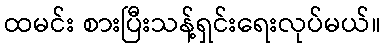
ထမင်း စားပြီးသန့်ရှင်းရေးလုပ်မယ်။